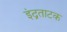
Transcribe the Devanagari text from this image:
इंद्रताटक